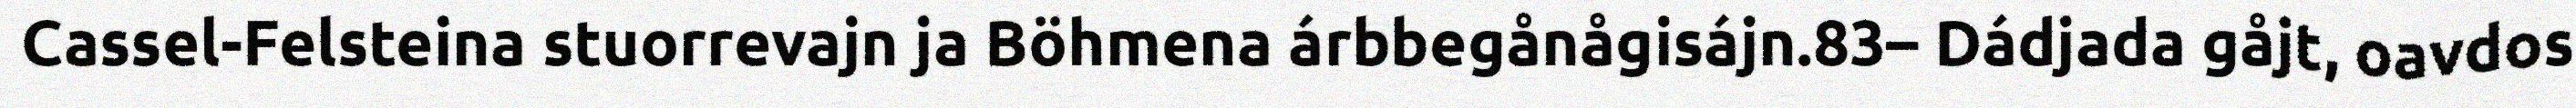
Cassel-Felsteina stuorrevajn ja Böhmena árbbegånågisájn.83– Dádjada gåjt, oavdos